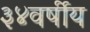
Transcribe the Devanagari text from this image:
३४वर्षीय